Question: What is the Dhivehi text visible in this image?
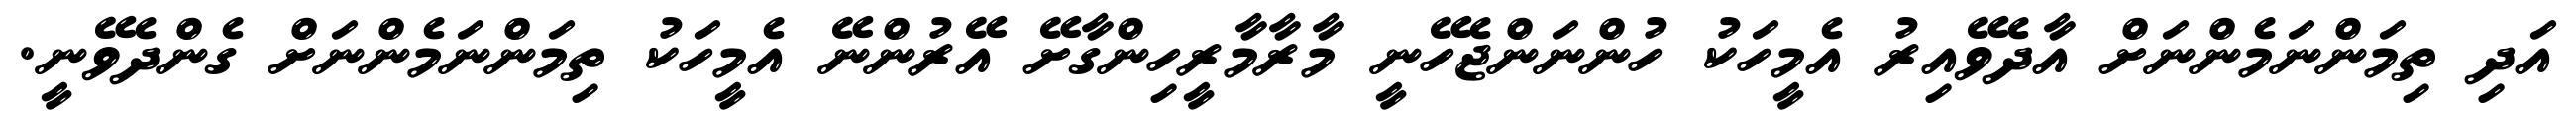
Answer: އަދި ތިމަންނަމެންނަށް އާދެވޭއިރު އެމީހަކު ހުންނަންޖެހޭނީ މާރާމާރީހިންގާށޭ އޭރުންނޭ އެމީހަކު ތިމަންނަމެންނަށް ގެންދެވޭނީ.